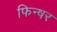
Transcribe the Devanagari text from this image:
फिन्षर